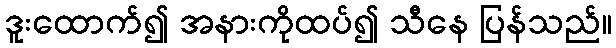
ဒူးထောက်၍ အနားကိုထပ်၍ သီနေ ပြန်သည်။